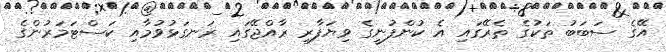
އޭގެ ސަބަބު ތަކުގެ ތެރޭގައި އެ ކުންފުނީގެ ވިޔަފާރި ރާއްޖޭގައި ރަނގަޅުވުމާއި ކަސްޓަމަރުންގެ